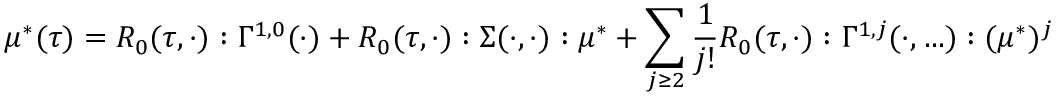
{ } \mu ^ { * } ( \tau ) = R _ { 0 } ( \tau , \cdot ) : \Gamma ^ { 1 , 0 } ( \cdot ) + R _ { 0 } ( \tau , \cdot ) : \Sigma ( \cdot , \cdot ) : \mu ^ { * } + \sum _ { j \geq 2 } \frac { 1 } { j ! } R _ { 0 } ( \tau , \cdot ) : \Gamma ^ { 1 , j } ( \cdot , \ldots ) : ( \mu ^ { * } ) ^ { j }